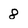
Character: 8